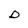
Character: D